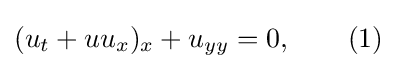
(u_{t}+uu_{x})_{x}+u_{yy}=0,\qquad (1)